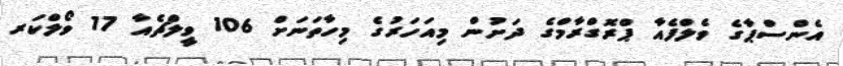
އެންސްޕާގެ ވެލްފެއާ ޕްރޮގްރާމްގެ ދަށުން މިއަހަރުގެ މިހާތަނަށް 106 ވީލްޗެއާ 17 ވޯލްކަރ